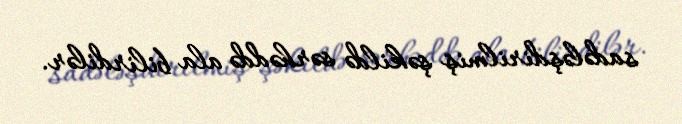
sadələşdirilmiş şəkildə sərhəddə ala bilirdilər.